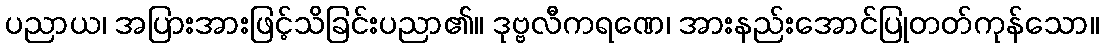
ပညာယ၊ အပြားအားဖြင့်သိခြင်းပညာ၏။ ဒုဗ္ဗလီကရဏေ၊ အားနည်းအောင်ပြုတတ်ကုန်သော။